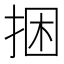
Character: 捆